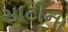
સાટીના